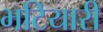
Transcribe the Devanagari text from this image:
भटियारी